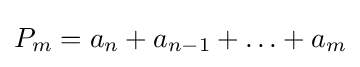
P_{m}=a_{n}+a_{n-1}+\ldots +a_{m}